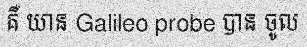
គឺ យាន Galileo probe បាន ចូល